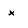
Character: x